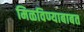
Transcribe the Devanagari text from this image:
मिळविण्याबाबत